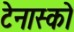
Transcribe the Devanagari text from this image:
टेनास्को